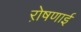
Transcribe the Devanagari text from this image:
रो़षणाई